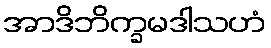
အာဒိဘိက္ခမဒါသဟံ